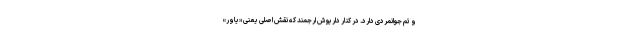
و تِم جوانمردی دارد. در کنار داریوش ارجمند که نقش اصلی یعنی «یاور»